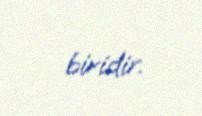
biridir.